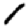
Digit: 1